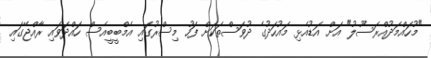
"މުހައްމަދުއްރަސޫލު" އަށް އަޑުއެޅި މައުހަދުގެ ދުވަސްތަކަށް ފަހު މިސްރުގައި އެމްބީބީއެސް ހައްދަވައި ރާއްޖޭގައި